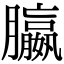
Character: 䑉